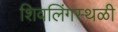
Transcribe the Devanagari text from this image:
शिवलिंगस्थळी